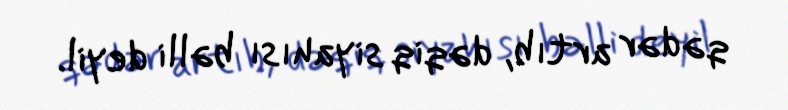
qədər artıb, dəqiq siyahısı bəlli deyil.